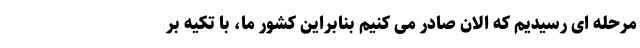
مرحله ای رسیدیم که الان صادر می کنیم بنابراین کشور ما، با تکیه بر